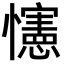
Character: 㦥